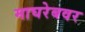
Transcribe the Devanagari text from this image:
माघरेबवर